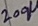
Text: 200µ